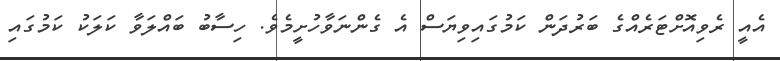
އެއީ ރެވިއޮށްޓަރެއްގެ ބަރުދަން ކަމުގައިވިޔަސް އެ ގެންނަވާހުށީމެވެ. ހިސާބު ބައްލަވާ ކަލަކު ކަމުގައި